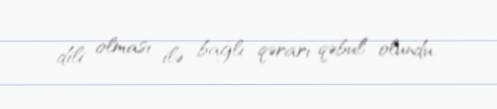
dili olması ilə bağlı qərarı qəbul olundu.